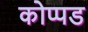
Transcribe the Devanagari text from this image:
कोप्पड